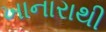
ખાનારાથી